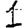
Digit: 1